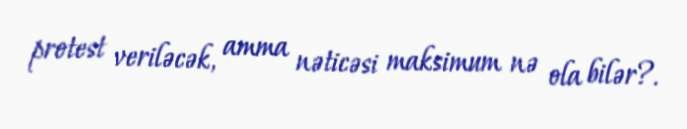
protest veriləcək, amma nəticəsi maksimum nə ola bilər?.